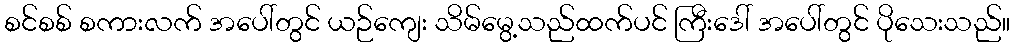
စင်စစ် စကားလက် အပေါ်တွင် ယဉ်ကျေး သိမ်မွေ့သည်ထက်ပင် ကြီးဒေါ် အပေါ်တွင် ပိုသေးသည်။